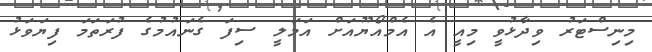
މިނިސްޓަރު ވިދާޅުވީ މިއީ އެ އެމްއޯޔޫއަށް އަމަލީ ސިފަ ގެނައުމުގެ ފުރަތަމަ ފިޔަވަޅު